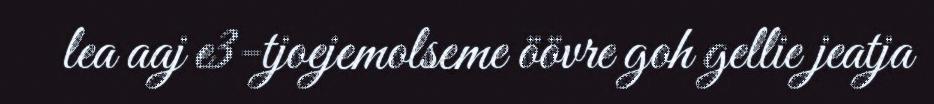
lea aaj e3-tjoejemolseme öövre goh gellie jeatja